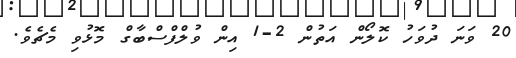
20 ވަނަ ދުވަހު ކޮލޯން އަތުން 2-1 އިން ވުލްފްސްބާގް މޮޅުވި މެޗެވެ.